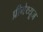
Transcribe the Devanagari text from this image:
प्रीमेथ्यूज